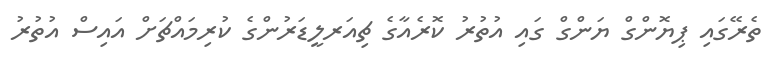
ތެރޭގައި ޕިޔޮންގް ޔަންގް ގައި އުތުރު ކޮރެއާގެ ޗިއަރލީޑަރުންގެ ކުރިމައްޗަށް އައިސް އުތުރު